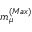
m _ { \mu } ^ { ( M a x ) }